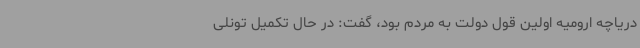
دریاچه ارومیه اولین قول دولت به مردم بود، گفت: در حال تکمیل تونلی